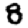
Digit: 8